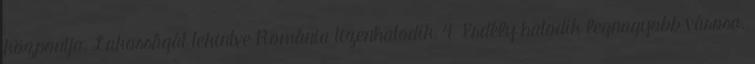
központja. Lakosságát tekintve Románia tizenhatodik, 4 Erdély hatodik legnagyobb városa.